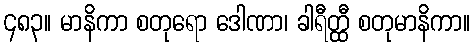
၄၈၃။ မာနိကာ စတုရော ဒေါဏာ၊ ခါရီတ္ထီ စတုမာနိကာ။